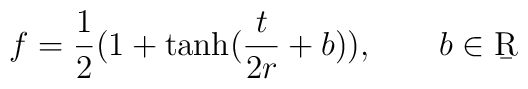
f = \frac 12 (1 + \tanh (\frac{t}{2r} + b)),  \qquad b \in \b{R}